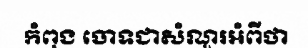
កំពុង ចោទជាសំណួរអំពីថា